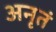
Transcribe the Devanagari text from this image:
अनृतं